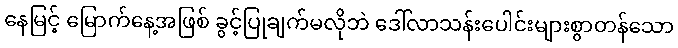
နေမြင့် မြောက်နေ့အဖြစ် ခွင့်ပြုချက်မလိုဘဲ ဒေါ်လာသန်းပေါင်းများစွာတန်သော